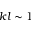
k l \sim 1